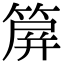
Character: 箳